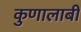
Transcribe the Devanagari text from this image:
कुणालाबी